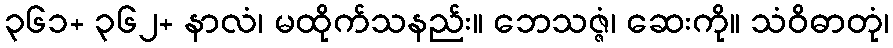
၃၆၁+ ၃၆၂+ နာလံ၊ မထိုက်သနည်း။ ဘေသဇ္ဇံ၊ ဆေးကို။ သံဝိဓာတုံ၊